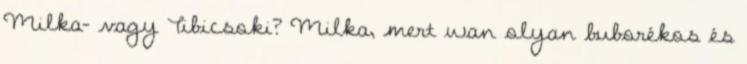
Milka- vagy Tibicsoki? Milka, mert wan olyan buborékos és